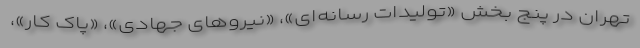
تهران در پنج بخش «تولیدات رسانه‌ای»، «نیروهای جهادی»، «پاک کار»،